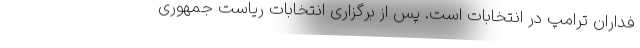
فداران ترامپ در انتخابات است. پس از برگزاری انتخابات ریاست جمهوری